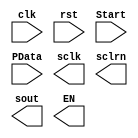
module     LEDP2S(input wire clk,						//parallel to serial
						input wire rst,
						input wire Start,
						input wire[DATA_BITS-1:0] PData,	// data to print
						output wire sclk,									// output
						output wire sclrn,
						output wire sout,									// one bit at a time
						output reg  EN
						);
						
parameter
	DATA_BITS = 16,  											// data length
	DATA_COUNT_BITS = 4,										// data shift bits
	DIR = 0;														// Shift direction =0
		
endmodule